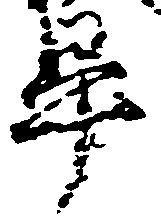
畢